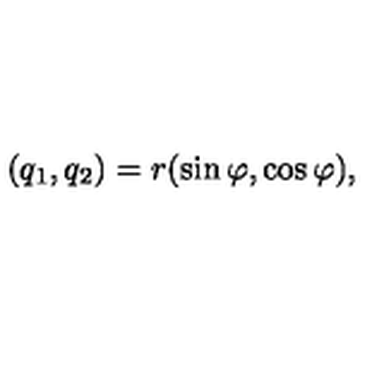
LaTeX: ( q _ { 1 } , q _ { 2 } ) = r ( \sin \varphi , \cos \varphi ) ,